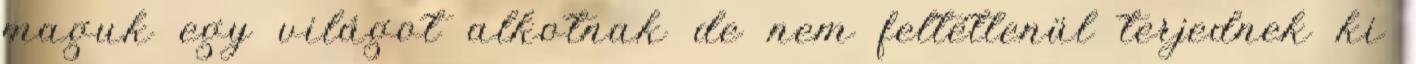
maguk egy világot alkotnak de nem feltétlenül terjednek ki